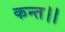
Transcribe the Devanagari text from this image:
कन्‍त।।